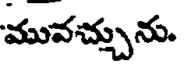
మువచ్చును.